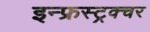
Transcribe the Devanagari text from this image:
इन्फ्रस्ट्रक्चर